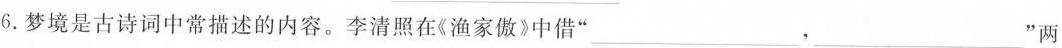
6.梦境是古诗词中常描述的内容。李清照在《渔家傲》中借“\underline，\underline ”两